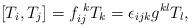
LaTeX: \begin{align*}[T_i, T_j] = f_{ij}^{\,\,k} T_k = \epsilon_{ijk}g^{kl}T_l,\end{align*}